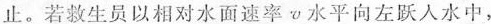
止。若救生员以相对水面速率v水平向左跃入水中，